Report of the Indian Hemp Drugs Commission, 1894-1895 - Volume I
Year: 1894
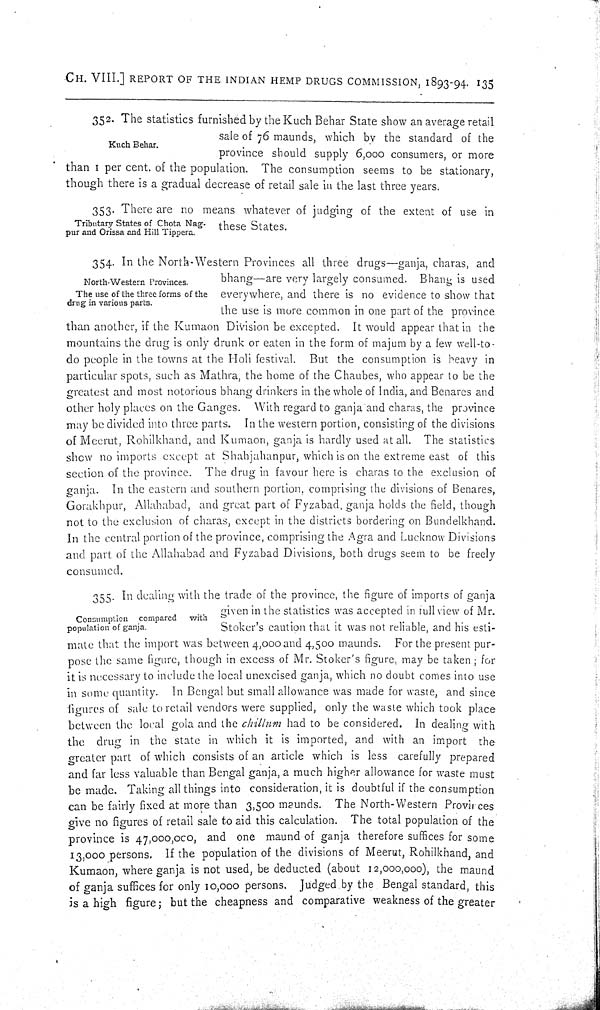
CH. VIII.] REPORT OF THE INDIAN HEMP DRUGS COMMISSION, 1893-94. 135
Kuch Behar.
352. The statistics furnished by the Kuch Behar State show an average retail
sale of 76 maunds, which by the standard of the
province should supply 6,000 consumers, or more
than 1 per cent. of the population. The consumption seems to be stationary,
though there is a gradual decrease of retail sale in the last three years.
Tributary States of Chota Nag-
pur and Orissa and Hill Tippera.
353. There are no means whatever of judging of the extent of use in
these States.
North-Western Provinces.
The use of the three forms of the
drug in various parts.
354. In the North-Western Provinces all three drugs—ganja, charas, and
bhang—are very largely consumed. Bhang is used
everywhere, and there is no evidence to show that
the use is more common in one part of the province
than another, if the Kumaon Division be excepted. It would appear that in the
mountains the drug is only drunk or eaten in the form of majum by a few well-to-
do people in the towns at the Holi festival. But the consumption is heavy in
particular spots, such as Mathra, the home of the Chaubes, who appear to be the
greatest and most notorious bhang drinkers in the whole of India, and Benares and
other holy places on the Ganges. With regard to ganja and charas, the province
may be divided into three parts. In the western portion, consisting of the divisions
of Meerut, Rohilkhand, and Kumaon, ganja is hardly used at all. The statistics
show no imports except at Shahjahanpur, which is on the extreme east of this
section of the province. The drug in favour here is charas to the exclusion of
ganja. In the eastern and southern portion, comprising the divisions of Benares,
Gorakhpur, Allahabad, and great part of Fyzabad, ganja holds the field, though
not to the exclusion of charas, except in the districts bordering on Bundelkhand.
In the central portion of the province, comprising the Agra and Lucknow Divisions
and part of the Allahabad and Fyzabad Divisions, both drugs seem to be freely
consumed.
Consumption compared with
population of ganja.
355. In dealing with the trade of the province, the figure of imports of ganja
given in the statistics was accepted in full view of Mr.
Stoker's caution that it was not reliable, and his esti-
mate that the import was between 4,000 and 4,500 maunds. For the present pur-
pose the same figure, though in excess of Mr. Stoker's figure, may be taken; for
it is necessary to include the local unexcised ganja, which no doubt comes into use
in some quantity. In Bengal but small allowance was made for waste, and since
figures of sale to retail vendors were supplied, only the waste which took place
between the local gola and the chillum had to be considered. In dealing with
the drug in the state in which it is imported, and with an import the
greater part of which consists of an article which is less carefully prepared
and far less valuable than Bengal ganja, a much higher allowance for waste must
be made. Taking all things into consideration, it is doubtful if the consumption
can be fairly fixed at more than 3,500 maunds. The North-Western Provinces
give no figures of retail sale to aid this calculation. The total population of the
province is 47,000,000 and one maund of ganja therefore suffices for some
13,000 persons. If the population of the divisions of Meerut, Rohilkhand, and
Kumaon, where ganja is not used, be deducted (about 12,000,000), the maund
of ganja suffices for only 10,000 persons. Judged by the Bengal standard, this
is a high figure; but the cheapness and comparative weakness of the greater